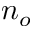
n _ { o }